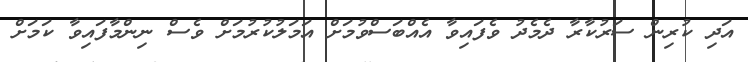
އަދި ކުރިން ސަރުކާރާ ދެމެދު ވެފައިވާ އެއްބަސްވުމަށް އަމަލުކުރުމަށް ވެސް ނިންމާފައިވާ ކަމަށް